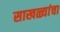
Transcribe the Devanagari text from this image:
साखळ्यांचा